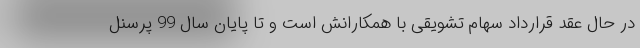
در حال عقد قرارداد سهام تشویقی با همکارانش است و تا پایان سال 99 پرسنل